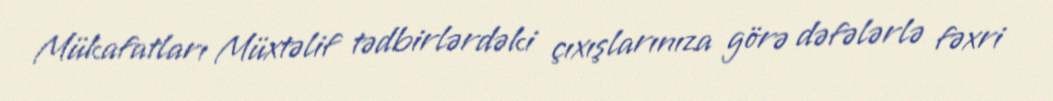
Mükafatları Müxtəlif tədbirlərdəki çıxışlarınıza görə dəfələrlə fəxri